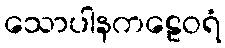
သောပါနကဠေဝရံ